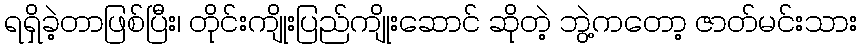
ရရှိခဲ့တာဖြစ်ပြီး၊ တိုင်းကျိုးပြည်ကျိုးဆောင် ဆိုတဲ့ ဘွဲ့ကတော့ ဇာတ်မင်းသား